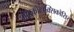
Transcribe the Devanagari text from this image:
माइकोटॉक्सिकोसिस